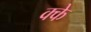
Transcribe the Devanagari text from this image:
क्के